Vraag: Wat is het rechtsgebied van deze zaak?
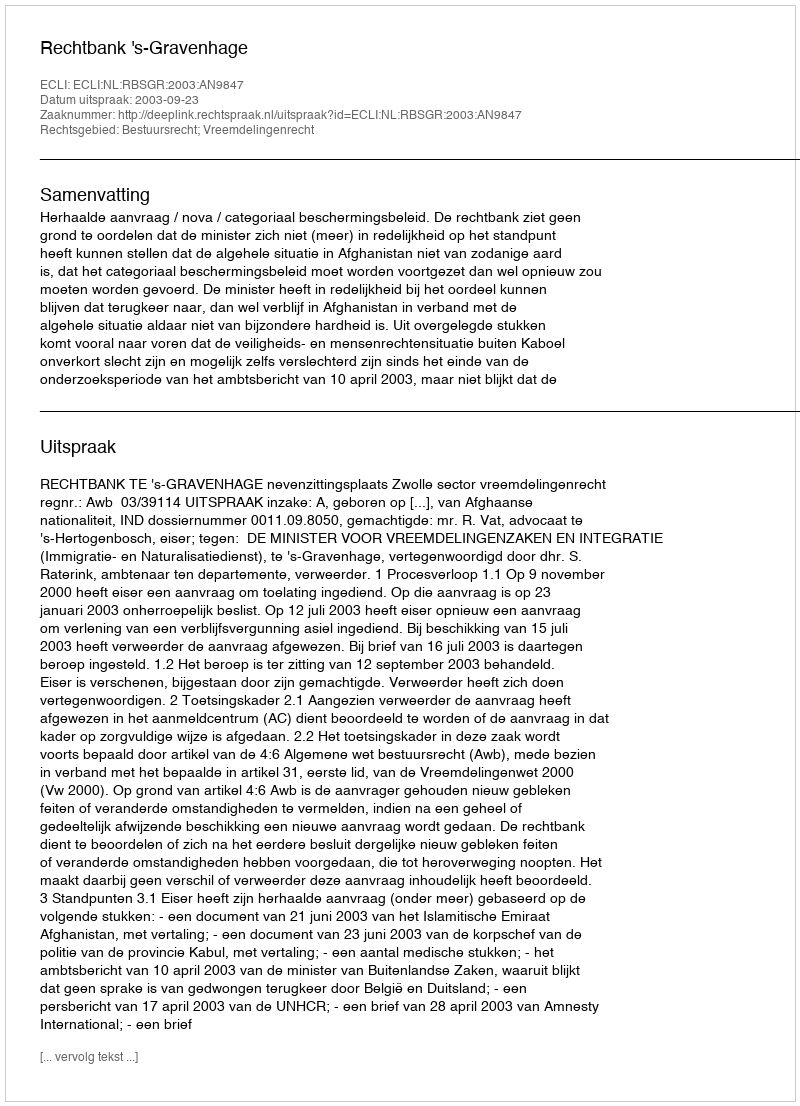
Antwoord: Bestuursrecht; Vreemdelingenrecht